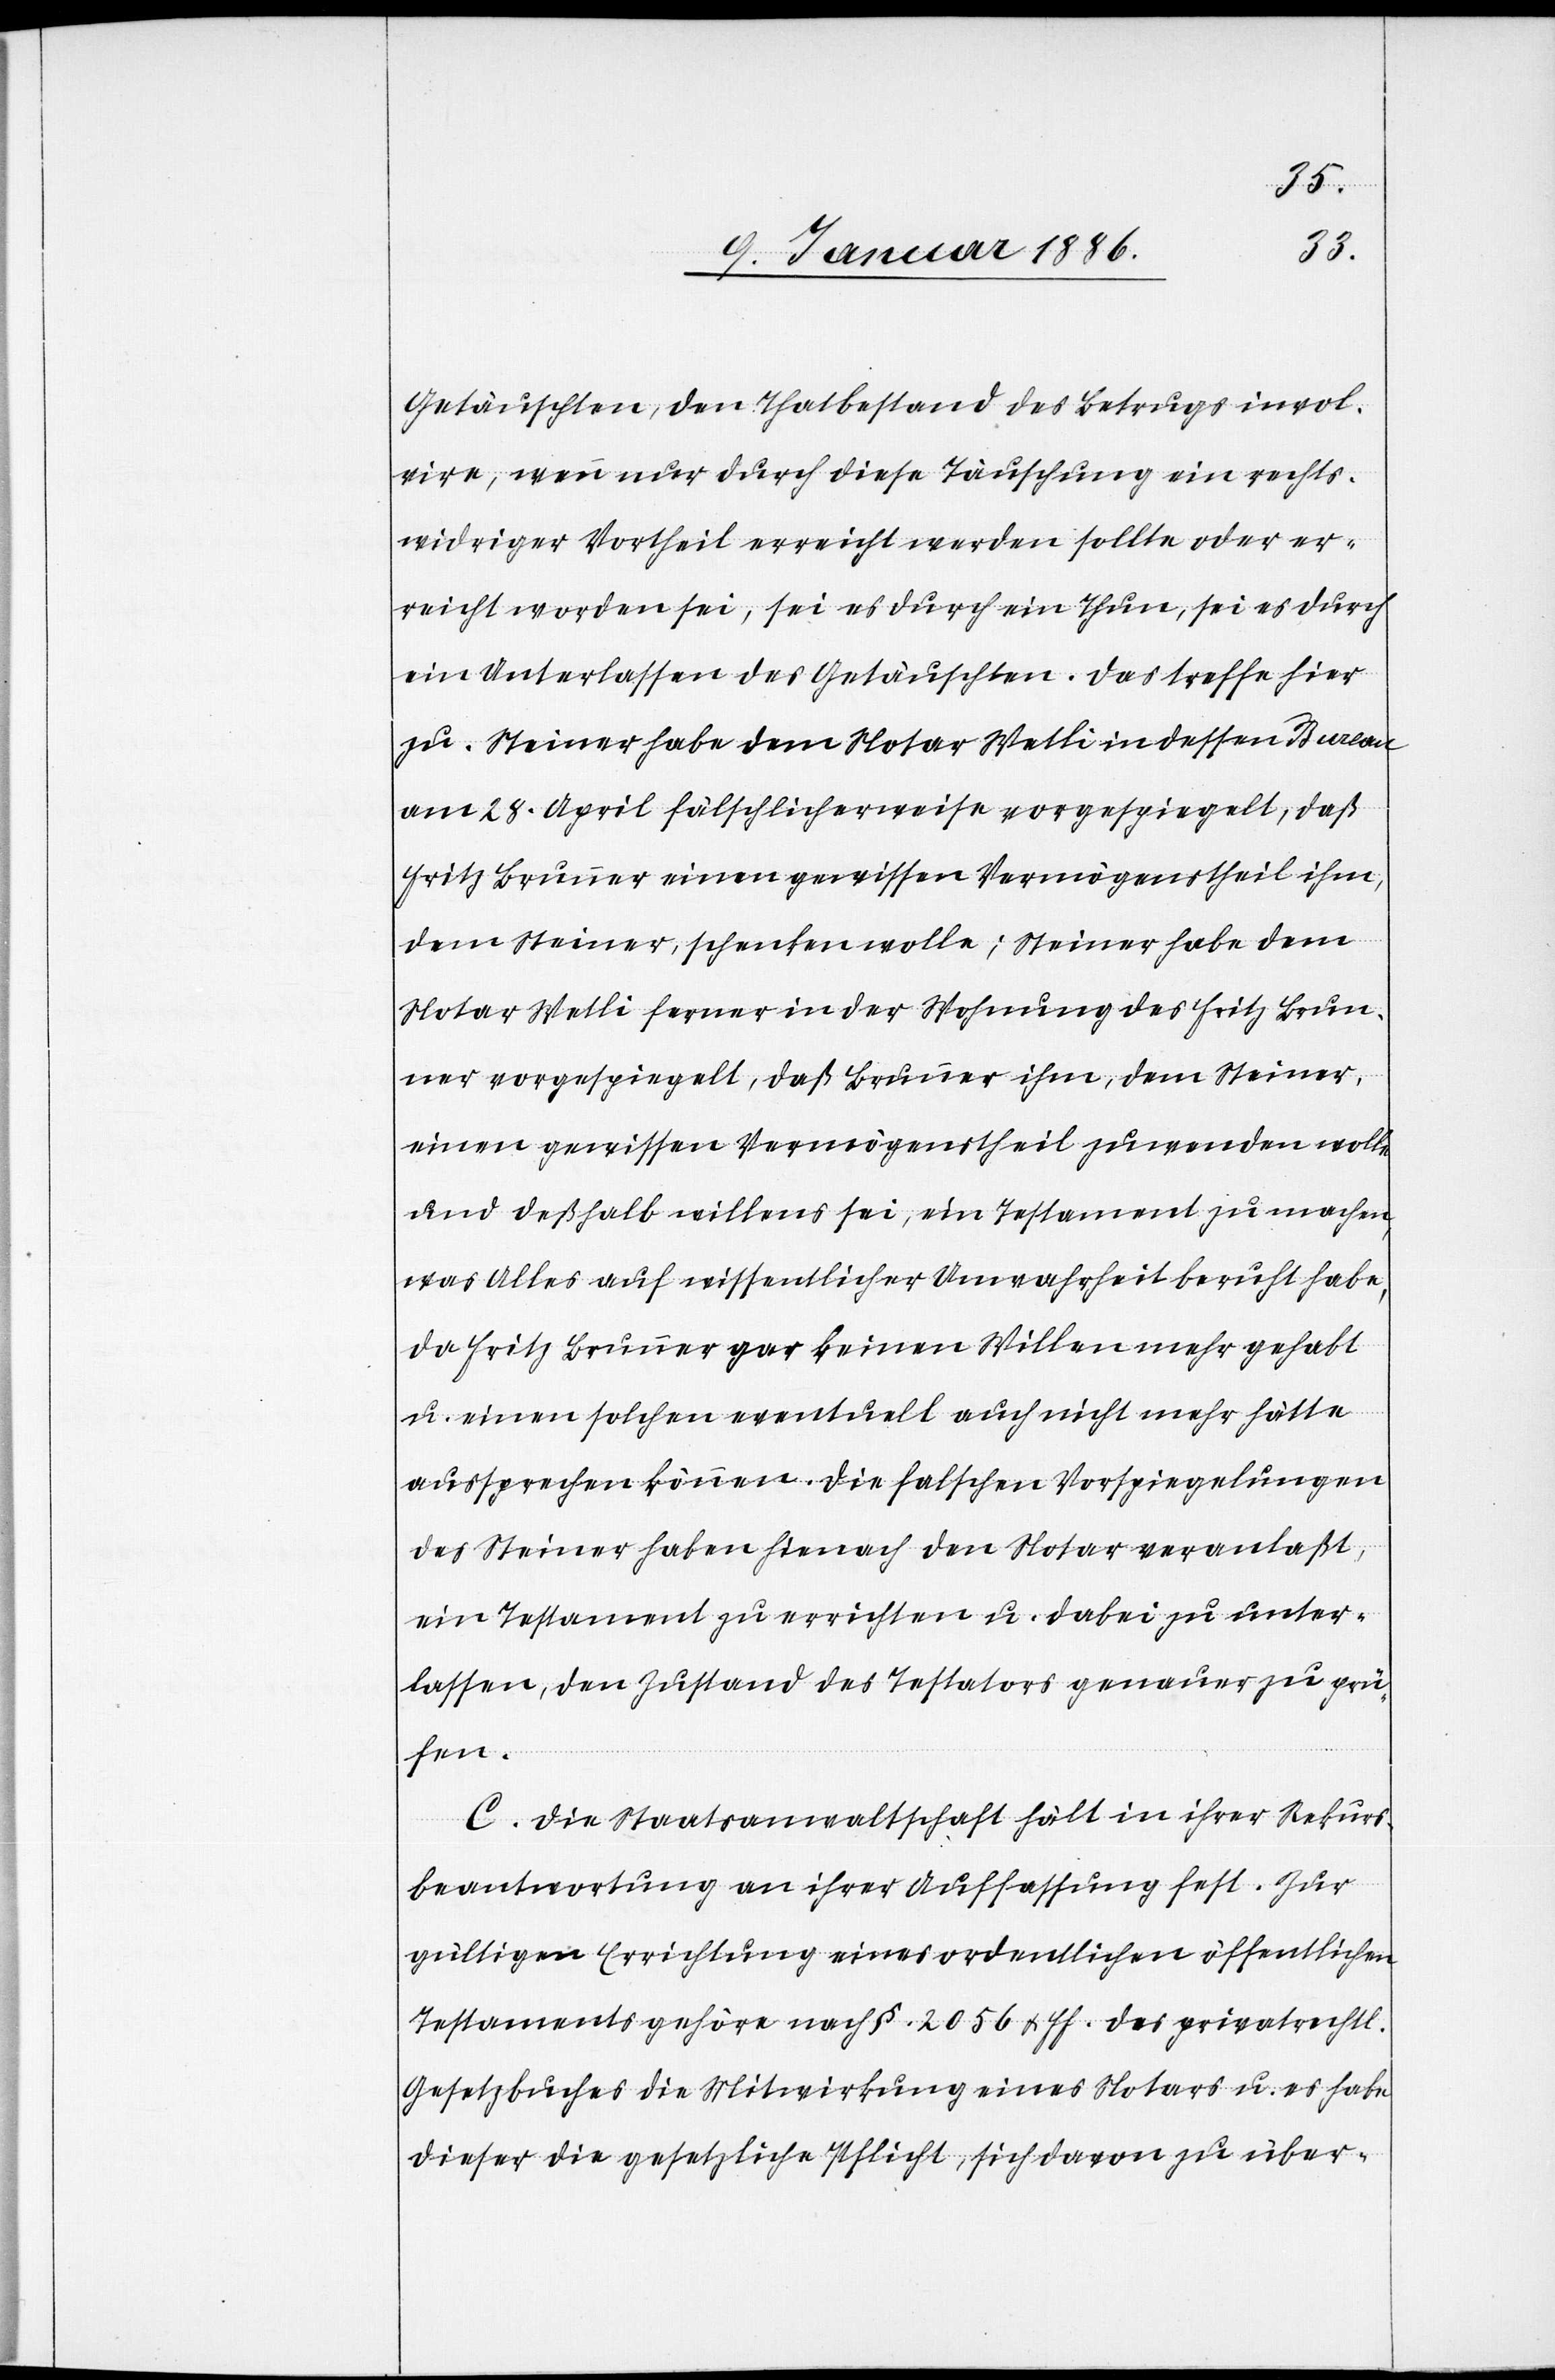
Getäuschten, den Thatbestand des Betruges invol¬
tire, wenn nur durch diese Täuschung ein rechts¬
widriger Vortheil erreicht werden sollte oder er¬
reicht worden sei, sei es durch ein Thun, sei es durch
ein Unterlassen des Getäuschten. Das treffe hier
zu. Steiner habe dem Notar Wetli in dessen Bureau
am 28. April fälschlicherweise vorgespiegelt, daß
Fritz Brunner einen gewissen Vermögensantheil ihm,
dem Steiner, schenken wolle; Steiner habe dem
Notar Wetli ferner in der Wohnung des Fritz Brun¬
ner vorgespiegelt, daß Brunner ihm, dem Steiner,
einen gewissen Vermögenstheil zuwenden wolle
und deßhalb willens sei, ein Testament zu machen,
was Alles auf wissentlicher Unwahrheit beruht habe,
da Fritz Brunner gar keinen Willen mehr gehabt
u. einen solchen eventuell auch nicht mehr hätte
aussprechen können. Die falschen Vorspiegelungen
des Steiner haben hienach den Notar veranlaßt,
ein Testament zu errichten u. dabei zu unter¬
lassen, den Zustand des Testators genauer zu prü¬
fen.
C. Die Staatsanwaltschaft hält in ihrer Rekurs¬
beantwortung an ihrer Auffassung fest. Zur
gültigen Errichtung eines ordentlichen öffentlichen
Testaments gehöre nach §. 2056 & ff. des privatrechtl.
Gesetzbuches die Mitwirkung eines Notars u. es habe
dieser die gesetzliche Pflicht, sich davon zu über-